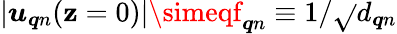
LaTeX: |\boldsymbol{u}_{\boldsymbol{q}n}(\mathbf{z}=0)|\simeqf_{\boldsymbol{q}n}\equiv1/\sqrt{}{{d_{\boldsymbol{q}n}}}